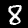
Label: 8